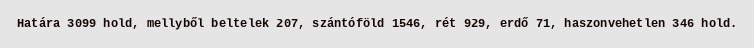
Határa 3099 hold, mellyből beltelek 207, szántóföld 1546, rét 929, erdő 71, haszonvehetlen 346 hold.